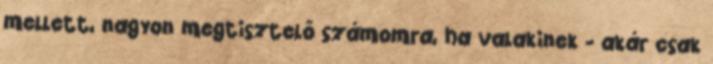
mellett, nagyon megtisztelő számomra, ha valakinek - akár csak